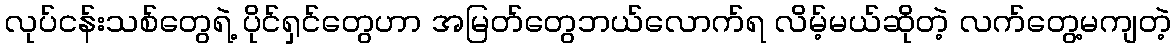
လုပ်ငန်းသစ်တွေရဲ့ ပိုင်ရှင်တွေဟာ အမြတ်တွေဘယ်လောက်ရ လိမ့်မယ်ဆိုတဲ့ လက်တွေ့မကျတဲ့